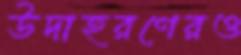
উদাহরণেরও